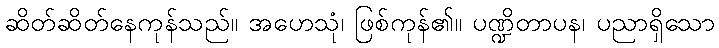
ဆိတ်ဆိတ်နေကုန်သည်။ အဟေသုံ၊ ဖြစ်ကုန်၏။ ပဏ္ဍိတာပန၊ ပညာရှိသော